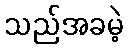
သည်အခမဲ့